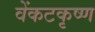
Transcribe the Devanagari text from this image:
वेंकटकृष्ण